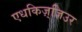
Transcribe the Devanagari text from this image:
एधकिज़्ज़िउर